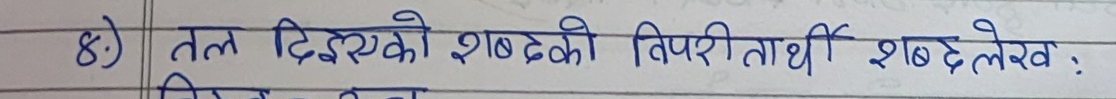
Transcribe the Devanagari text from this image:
8.) तल दिएको शब्दको विपरीतार्थी शब्द लेख :